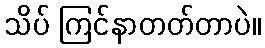
သိပ် ကြင်နာတတ်တာပဲ။